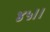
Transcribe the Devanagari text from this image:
४५।।